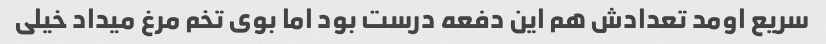
سریع اومد تعدادش هم این دفعه درست بود اما بوی تخم مرغ میداد خیلی